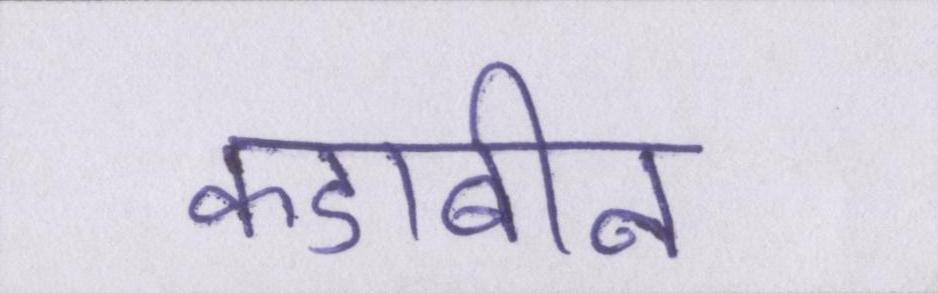
कडाबीन